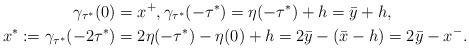
LaTeX: \begin{align*}\gamma_{\tau^*}(0)&=x^+,\gamma_{\tau^*}(-\tau^*)=\eta(-\tau^*)+h=\bar{y}+h,\\x^*:=\gamma_{\tau^*}(-2\tau^*)&=2\eta(-\tau^*)-\eta(0)+h=2\bar{y}-(\bar{x}-h)=2\bar{y}-x^-.\end{align*}